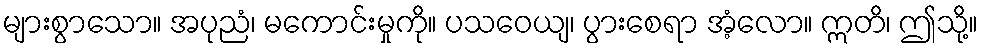
များစွာသော။ အပုညံ၊ မကောင်းမှုကို။ ပသဝေယျ၊ ပွားစေရာ အံ့လော။ ဣတိ၊ ဤသို့။